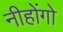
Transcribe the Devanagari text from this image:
नीहोंगो